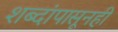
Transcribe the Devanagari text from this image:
शब्दांपासूनही